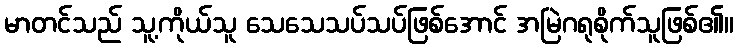
မာတင်သည် သူ့ကိုယ်သူ သေသေသပ်သပ်ဖြစ်အောင် အမြဲဂရုစိုက်သူဖြစ်၏။